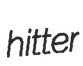
hitter